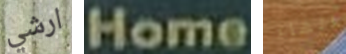
ارشي Home الهاء